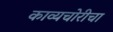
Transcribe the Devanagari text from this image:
काव्यचोरीचा